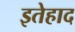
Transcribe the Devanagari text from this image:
इतेहाद